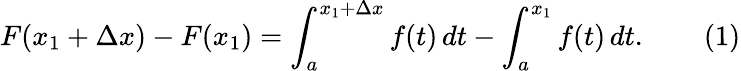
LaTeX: F(x_{1}+\Delta x)-F(x_{1})=\int_{a}^{x_{1}+\Delta x}f(t)\, dt-\int_{a}^{x_{1}}f(t)\, dt.\qquad(1)